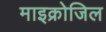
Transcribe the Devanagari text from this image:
माइक्रोजिल